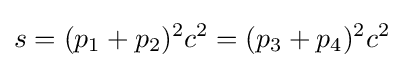
s=(p_{1}+p_{2})^{2}c^{2}=(p_{3}+p_{4})^{2}c^{2}